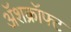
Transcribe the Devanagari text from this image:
ॲशक्रॉफ्ट